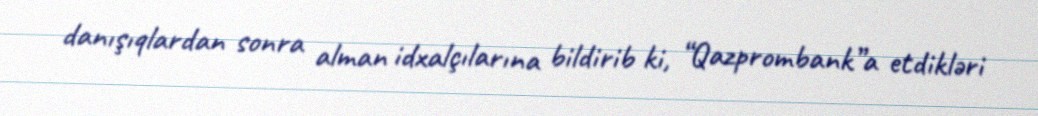
danışıqlardan sonra alman idxalçılarına bildirib ki, “Qazprombank”a etdikləri